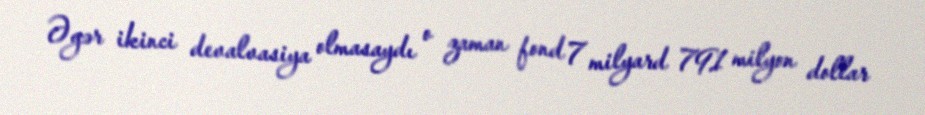
Əgər ikinci devalvasiya olmasaydı o zaman fond 7 milyard 791 milyon dollar